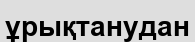
ұрықтанудан